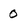
Character: 0